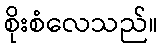
စိုးစံလေသည်။